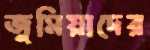
জুমিয়াদের